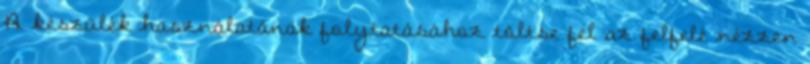
A készülék használatának folytatásához töltse fel az felfelé nézzen